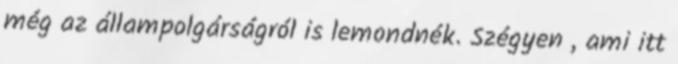
még az állampolgárságról is lemondnék. Szégyen , ami itt